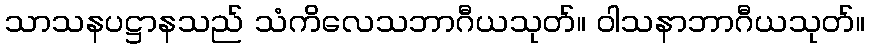
သာသနပဋ္ဌာနသည် သံကိလေသဘာဂီယသုတ်။ ဝါသနာဘာဂီယသုတ်။